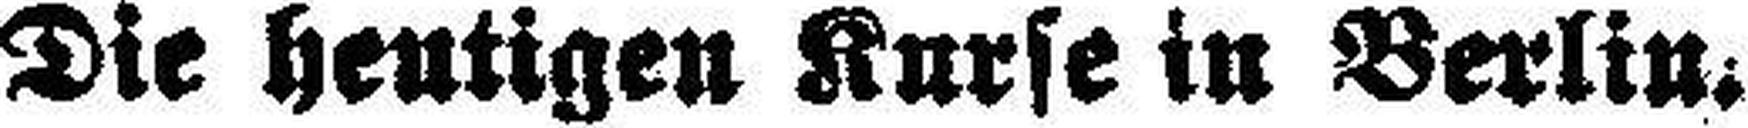
Die heutigen Kurse in Berlin.